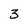
Character: 3